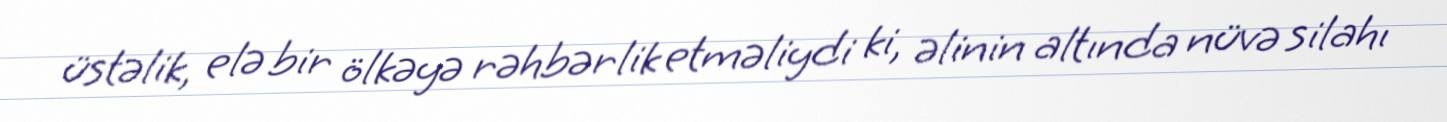
üstəlik, elə bir ölkəyə rəhbərlik etməliydi ki, əlinin altında nüvə silahı